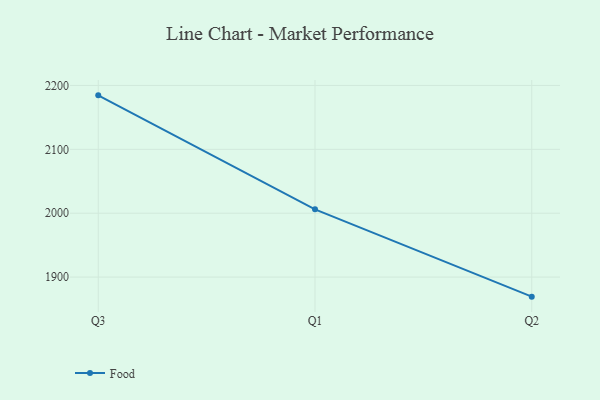
{"axis": {"x": "Quarter", "y": "Temperature (°C)"}, "legend": ["Food"], "data": [{"x": "Q3", "y": 2184.5, "type": "Food"}, {"x": "Q1", "y": 2006.1, "type": "Food"}, {"x": "Q2", "y": 1869.4, "type": "Food"}]}